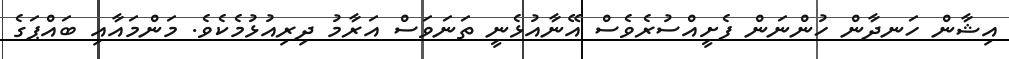
އިޝާން ހަނދާން ހުންނަން ފެށީއްސުރެވެސް އޭނާއުޅެނީ ތަނަވަސް އަރާމު ދިރިއުޅުމެކެވެ. މަންމައާއި ބައްޕަގެ